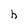
Character: h